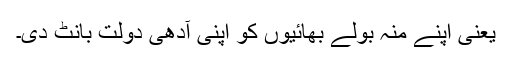
یعنی اپنے منہ بولے بھائیوں کو اپنی آدھی دولت بانٹ دی۔